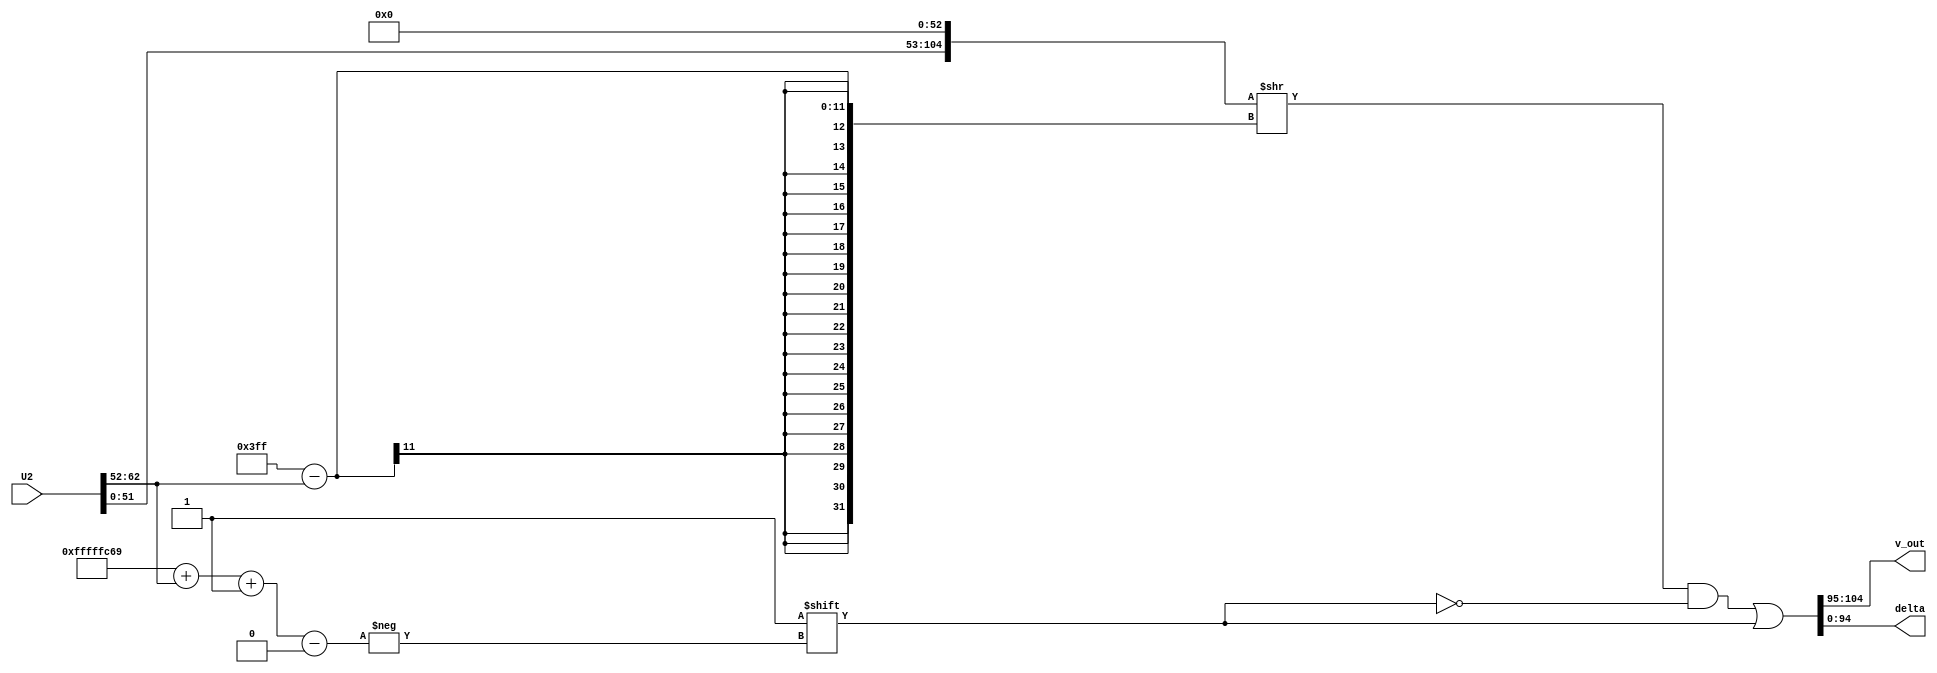
 
module U2_denorm(U2, v_out, delta);
//---------------INPUTS & OUTPUTS---------------//
//input         pushin;
input  [63:0] U2;
output [9:0]  v_out;
output [94:0] delta;
//output        pushout;
//------------------PARAMETERS-----------------//
parameter bias = 1023;
//-------------------VARIABLES-----------------//
reg [104:0] fract, fractS;
reg [10:0] exp;
reg [9:0]  resout;
reg [94:0] d_out;
//-----------------ASSIGNMENTS-----------------//
assign v_out = resout;
assign delta = d_out;
//assign pushout = pushin;
//////////////////////////////
always @ (*) begin
  //$display ("INSIDE U2_denorm\n");
  exp        = U2[62:52];
  fract      = { U2[51:0],53'b0 };
  //$display ("Values assigned");
  //$display ("exp: %b\n", exp);
  //$display ("fract: %b\n", fract);
  /*
  if ((bias-exp) >52) begin
    fractS = 105'b0;
  end else begin
    fractS = fract >> (bias-exp);//shift by exponent 
    fractS[104-bias+exp+1] = 1;//put a 1 in lsb of the shift
  end 
    resout = fractS[104:95];//10 bits
    d_out = fractS[94:0];//95 bits
  //$display ("OUT OF U2_denorm\n\n");
  */
  fractS = fract >> (bias-exp);//shift by exponent 
  fractS[104-bias+exp+1] = 1;//put a 1 in lsb of the shift

  resout = fractS[104:95];//10 bits
  d_out = fractS[94:0];//95 bits*/
end

endmodule